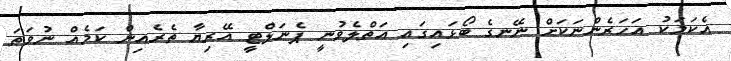
އެކަމަކު އަހަރެންނަކަށް ނޭނގެ ބޯޅައިގައި އަތްލެވުނީ ޕެނަލްޓީ އޭރިޔާ ތެރެއިން ކަމެއް ނުވަތަ